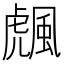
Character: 䬌